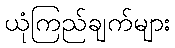
ယုံကြည်ချက်များ